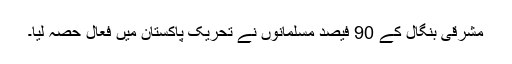
مشرقی بنگال کے 90 فیصد مسلمانوں نے تحریک پاکستان میں فعال حصہ لیا۔